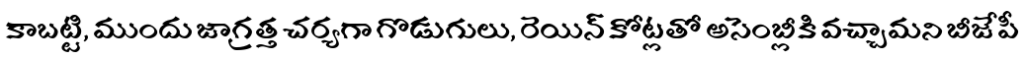
కాబట్టి, ముందు జాగ్రత్త చర్యగా గొడుగులు, రెయిన్ కోట్లతో అసెంబ్లీకి వచ్చామని బీజేపీ